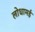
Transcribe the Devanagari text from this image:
लोधामई